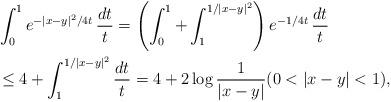
LaTeX: \begin{align*}&\int_0^1 e^{-|x-y|^2/4t}\,\frac{dt}{t}=\left(\int_0^1+\int_1^{1/|x-y|^2}\right) e^{-1/4t}\,\frac{dt}{t} \\&\leq 4+\int_1^{1/|x-y|^2}\frac{dt}{t}=4+2\log\frac{1}{|x-y|} (0<|x-y|<1),\end{align*}